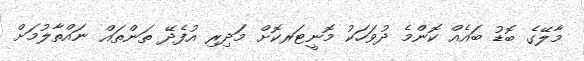
މާލޭގެ ބޮޑު ބައެއް ކޮންމެ ދުވަހަކު މޮނީޓަރކޮށް މަދިރި އުފެދޭ ތަންތައް ނައްތާލުމަށް